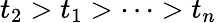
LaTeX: t_{2}>t_{1}>\cdots>t_{n}